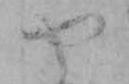
や